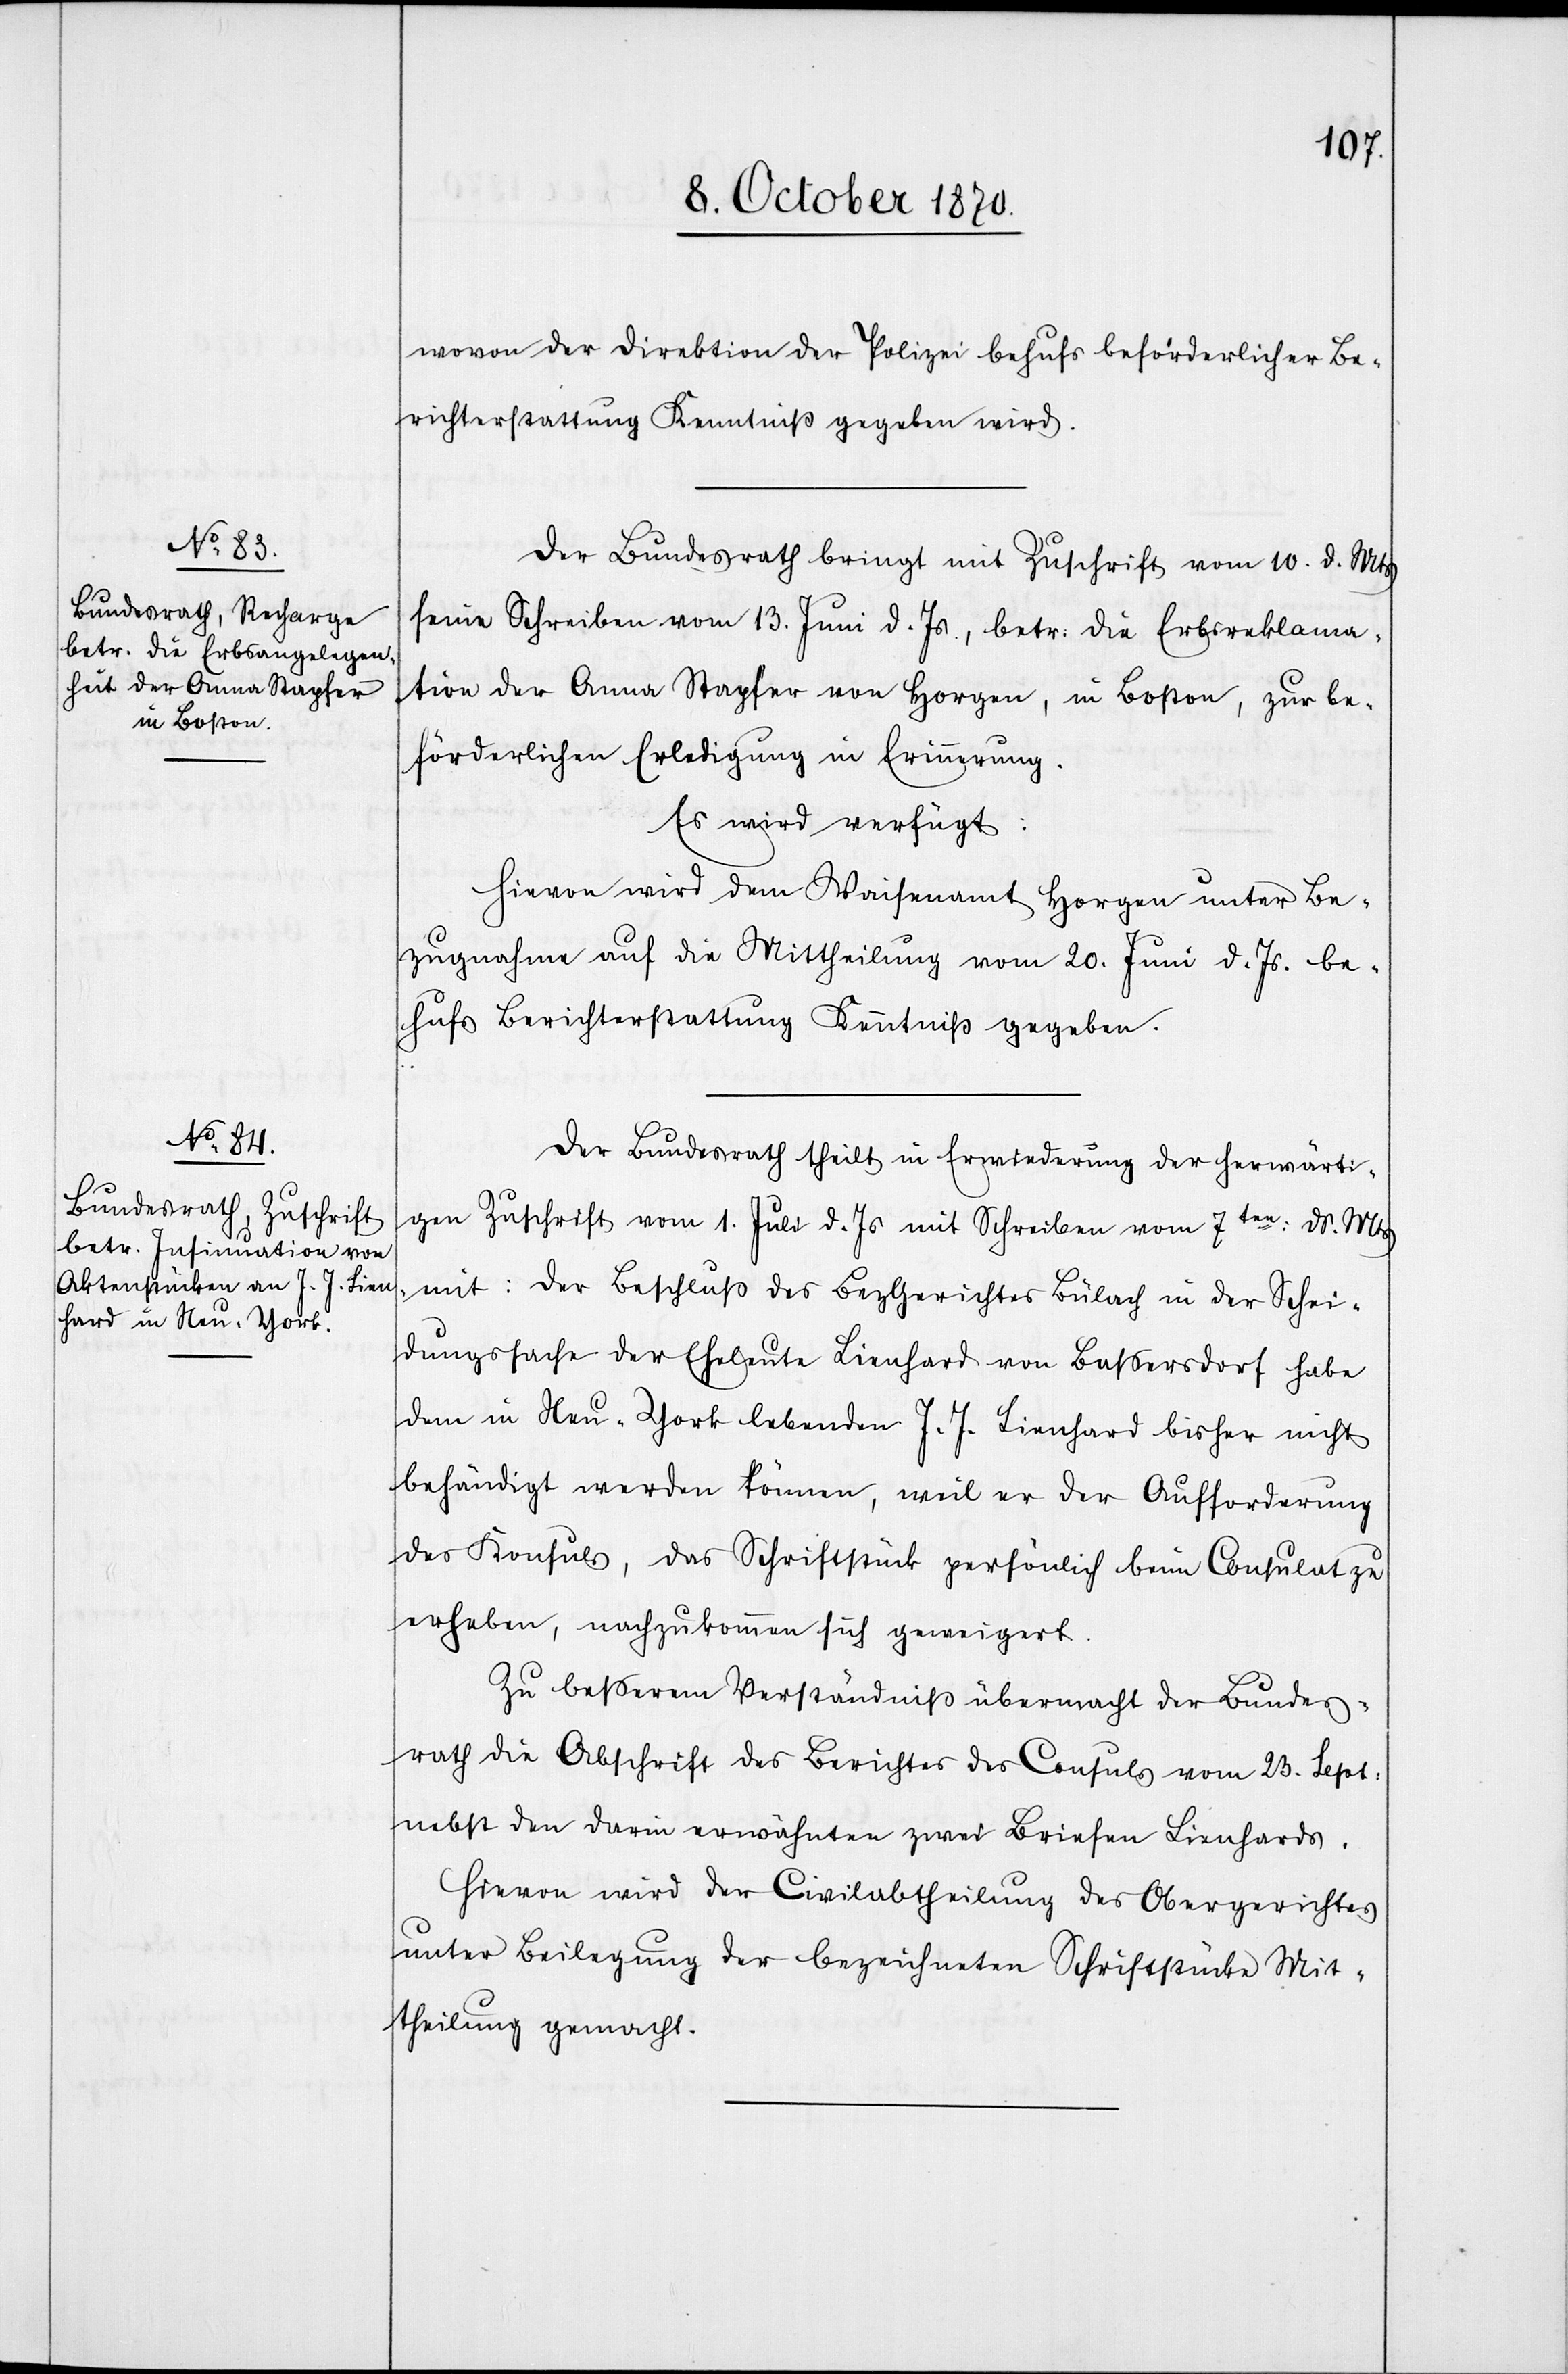
12. October 1870.]
wovon der Direktion der Polizei behufs beförderlicher Be¬
richterstattung Kenntniß gegeben wird.
Der Bundesrath bringt mit Zuschrift vom 10. d. Mts
seine Schreiben vom 13. Juni d. Js., betr: die Erbreklama¬
tion der Anna Stapfer von Horgen, in Boston, zur be¬
förderlichen Erledigung in Erinnerung.
Es wird verfügt:
Hievon wird dem Waisenamt Horgen unter Be¬
zugnahme auf die Mittheilung vom 20. Juni d. Js. be¬
hufs Berichterstattung Kenntniß gegeben.
Der Bundesrath theilt in Erwiederung der herwärti¬
gen Zuschrift vom 1. Juli d. Js mit Schreiben vom 7ten: ds. Mts.
mit: Der Beschluß des Bez Gerichtes Bülach in der Schei¬
dungssache der Eheleute Lienhard von Baßersdorf habe
dem in Neu-York lebenden J. J. Lienhard bisher nicht
behändigt werden können, weil er der Aufforderung
des Konsuls, das Schriftstück persönlich beim Consulat zu
erheben, nachzukommen sich geweigert.
Zu beßerem Verständniß übermacht der Bundes¬
rath die Abschrift des Berichtes des Consuls vom 23. Sept.
nebst den darin erwähnten zwei Briefen Lienhards.
Hievon wird der Civilabtheilung des Obergerichtes
unter Beilegung der bezeichneten Schriftstücke Mit¬
theilung gemacht.